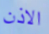
الاذن